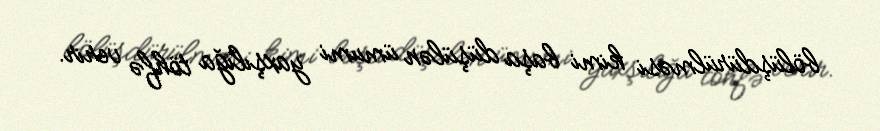
bölüşdürülməsi kimi başa düşülən ümumi yaxşılığa töhfə verir.